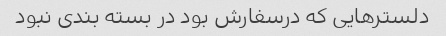
دلسترهایی که درسفارش بود در بسته بندی نبود